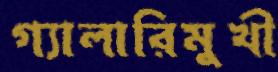
গ্যালারিমুখী